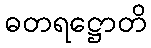
ဓတရဋ္ဌောတိ